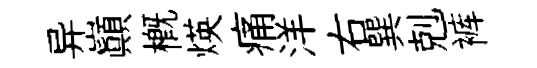
异巔槪煐痛洋右巽剋裤